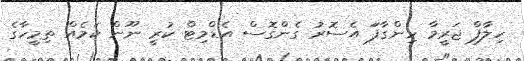
ހިލާފް ޖަރީމާ ހިންގާފަަ އެސޮރު ގެންގޮސް އެޑްމިޓް ކުރީ ނޫން ކަމެއް ތިމީހާގެ